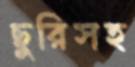
ছুরিসহ